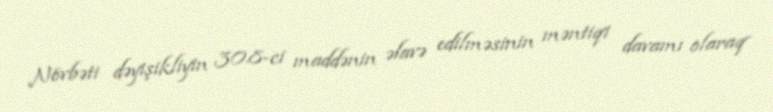
Növbəti dəyişikliyin 30.8-ci maddənin əlavə edilməsinin məntiqi davamı olaraq